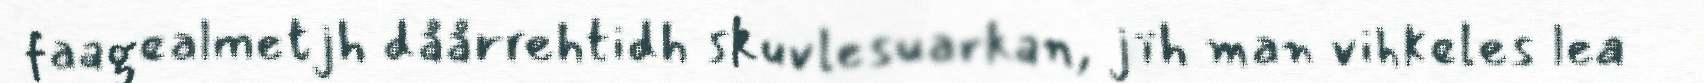
faagealmetjh dåårrehtidh skuvlesuarkan, jïh man vihkeles lea